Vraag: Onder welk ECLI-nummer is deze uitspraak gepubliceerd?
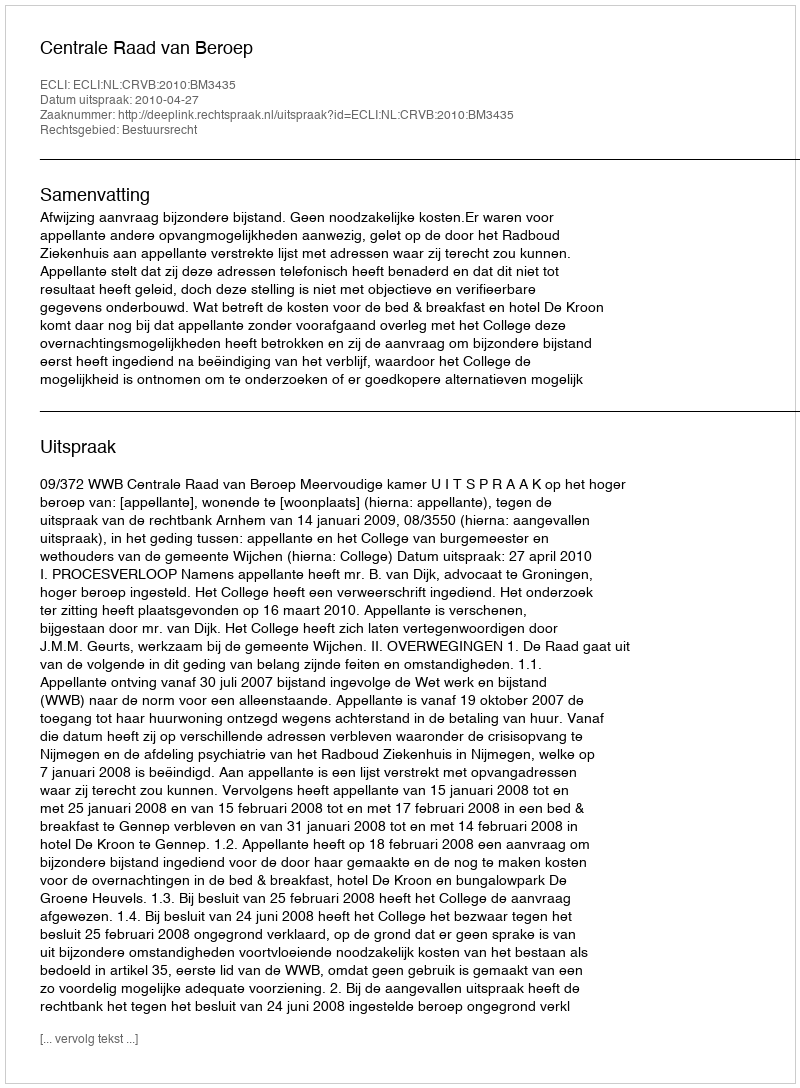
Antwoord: ECLI:NL:CRVB:2010:BM3435